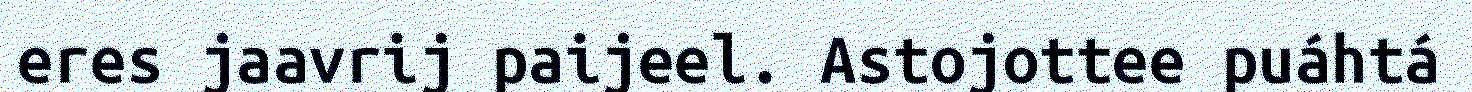
eres jaavrij paijeel. Astojottee puáhtá